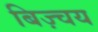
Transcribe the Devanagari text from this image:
बिज़्चय